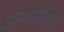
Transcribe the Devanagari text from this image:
अमनेशिया